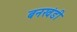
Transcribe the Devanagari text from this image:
बनखंडी